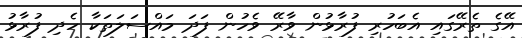
އޭގެ ތެރޭގައިި އެބަހުރި ފުރާޅުން ވާރޭ ވެހުން ފަދަ މައްސަލަތަކާ ހެދި ފުރާޅު